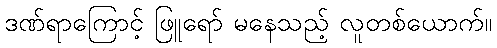
ဒဏ်ရာကြောင့် ဖြူရော် မနေသည့် လူတစ်ယောက်။